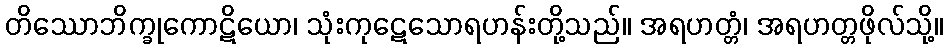
တိဿောဘိက္ခုကောဋိယော၊ သုံးကုဋေသောရဟန်းတို့သည်။ အရဟတ္တံ၊ အရဟတ္တဖိုလ်သို့။